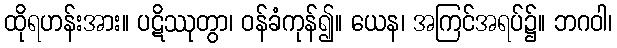
ထိုရဟန်းအား။ ပဋိဿုတွာ၊ ဝန်ခံကုန်၍။ ယေန၊ အကြင်အရပ်၌။ ဘဂဝါ၊